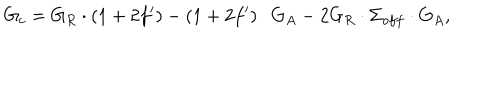
G _ { c } = G _ { R } \cdot ( 1 + 2 f ^ { \prime } ) - ( 1 + 2 f ^ { \prime } ) \cdot G _ { A } - 2 G _ { R } \cdot \Sigma _ { o f f } \cdot G _ { A } ,